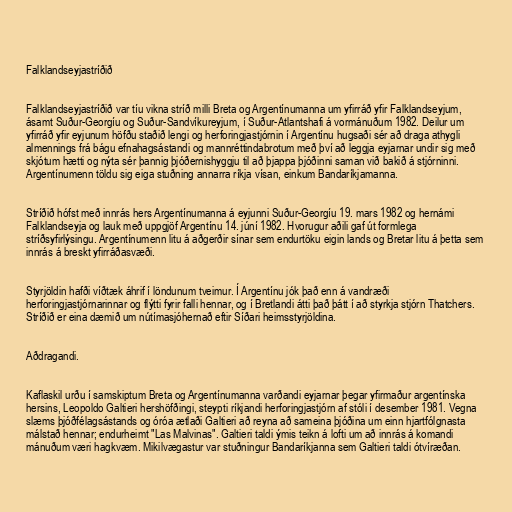
Falklandseyjastríðið

Falklandseyjastríðið var tíu vikna stríð milli Breta og Argentínumanna um yfirráð yfir Falklandseyjum,
ásamt Suður-Georgíu og Suður-Sandvíkureyjum, í Suður-Atlantshafi á vormánuðum 1982. Deilur um
yfirráð yfir eyjunum höfðu staðið lengi og herforingjastjórnin í Argentínu hugsaði sér að draga athygli
almennings frá bágu efnahagsástandi og mannréttindabrotum með því að leggja eyjarnar undir sig með
skjótum hætti og nýta sér þannig þjóðernishyggju til að þjappa þjóðinni saman við bakið á stjórninni.
Argentínumenn töldu sig eiga stuðning annarra ríkja vísan, einkum Bandaríkjamanna.

Stríðið hófst með innrás hers Argentínumanna á eyjunni Suður-Georgíu 19. mars 1982 og hernámi
Falklandseyja og lauk með uppgjöf Argentínu 14. júní 1982. Hvorugur aðili gaf út formlega
stríðsyfirlýsingu. Argentínumenn litu á aðgerðir sínar sem endurtöku eigin lands og Bretar litu á þetta sem
innrás á breskt yfirráðasvæði.

Styrjöldin hafði víðtæk áhrif í löndunum tveimur. Í Argentínu jók það enn á vandræði
herforingjastjórnarinnar og flýtti fyrir falli hennar, og í Bretlandi átti það þátt í að styrkja stjórn Thatchers.
Stríðið er eina dæmið um nútímasjóhernað eftir Síðari heimsstyrjöldina.

Aðdragandi.

Kaflaskil urðu í samskiptum Breta og Argentínumanna varðandi eyjarnar þegar yfirmaður argentínska
hersins, Leopoldo Galtieri hershöfðingi, steypti ríkjandi herforingjastjórn af stóli í desember 1981. Vegna
slæms þjóðfélagsástands og óróa ætlaði Galtieri að reyna að sameina þjóðina um einn hjartfólgnasta
málstað hennar; endurheimt "Las Malvinas". Galtieri taldi ýmis teikn á lofti um að innrás á komandi
mánuðum væri hagkvæm. Mikilvægastur var stuðningur Bandaríkjanna sem Galtieri taldi ótvíræðan.